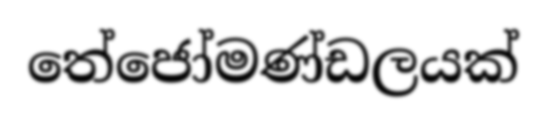
තේජෝමණ්ඩලයක්